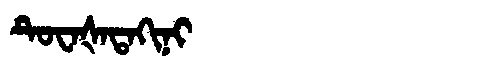
Manchu: ᡨᡠᠸᠠᡧᠠᡨᠠᡴᡳᠨᡳ
Romanization: TUWAŠATAKINI